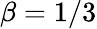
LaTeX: \beta=1/3